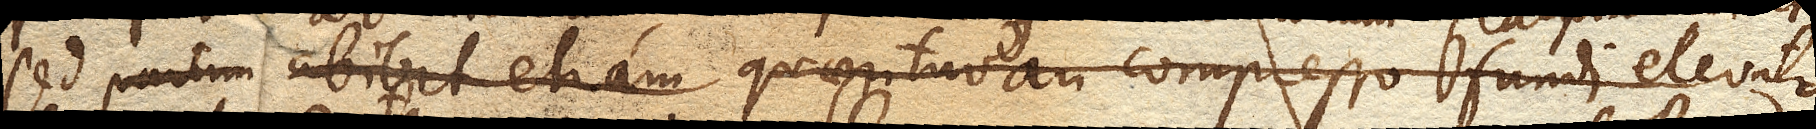
sed partim abibit etiam quaeritur an compresso fundi elevato